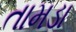
તામડા